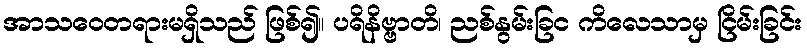
အာသဝေတရားမရှိသည် ဖြစ်၍။ ပရိနိဗ္ဗာတိ၊ ညစ်နွမ်းခြင ကိလေသာမှ ငြိမ်းခြင်း